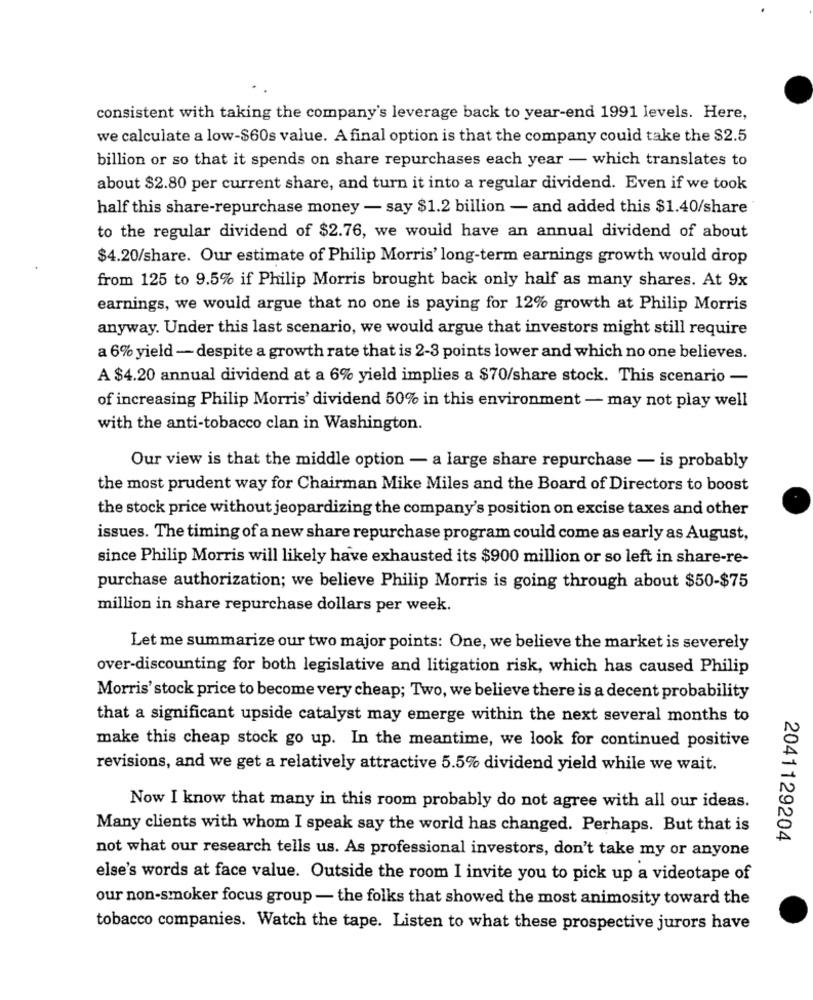
consistent with taking the company's leverage back to year-end 1991 levels. Here,
we calculate a low-$60s value. A final option is that the company could take the $2.5
billion or so that it spends on share repurchases each year - which translates to
about $2.80 per current share, and turn it into a regular dividend. Even if we took
half this share-repurchase money - say $1.2 billion - and added this $1.40/share"
to the regular dividend of $2.76, we would have an annual dividend of about
$4.20/share. Our estimate of Philip Morris' long-term earnings growth would drop
from 125 to 9.5% if Philip Morris brought back only half as many shares. At 9x
earnings, we would argue that no one is paying for 12% growth at Philip Morris
anyway. Under this last scenario, we would argue that investors might still require
a 6% yield - despite a growth rate that is 2-3 points lower and which no one believes.
A $4.20 annual dividend at a 6% yield implies a $70/share stock. This scenario -
of increasing Philip Morris' dividend 50% in this environment - may not play well
with the anti-tobacco clan in Washington.
Our view is that the middle option - a large share repurchase - is probably
the most prudent way for Chairman Mike Miles and the Board of Directors to boost
the stock price without jeopardizing the company's position on excise taxes and other
issues. The timing of a new share repurchase program could come as early as August,
since Philip Morris will likely have exhausted its $900 million or so left in share-re-
purchase authorization; we believe Philip Morris is going through about $50-$75
million in share repurchase dollars per week.
Let me summarize our two major points: One, we believe the market is severely
over-discounting for both legislative and litigation risk, which has caused Philip
Morris' stock price to become very cheap; Two, we believe there is a decent probability
that a significant upside catalyst may emerge within the next several months to
make this cheap stock go up. In the meantime, we look for continued positive
revisions, and we get a relatively attractive 5.5% dividend yield while we wait.
Now I know that many in this room probably do not agree with all our ideas.
Many clients with whom I speak say the world has changed. Perhaps. But that is
2041129204
not what our research tells us. As professional investors, don't take my or anyone
else's words at face value. Outside the room I invite you to pick up a videotape of
our non-smoker focus group - the folks that showed the most animosity toward the
tobacco companies. Watch the tape. Listen to what these prospective jurors have